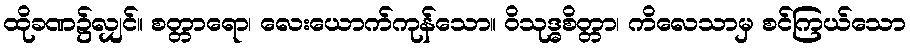
ထိုခဏ၌လျှင်။ စတ္တာရော၊ လေးယောက်ကုန်သော။ ဝိသုဒ္ဓစိတ္တာ၊ ကိလေသာမှ စင်ကြယ်သော